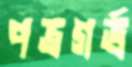
পত্রগর্ভ